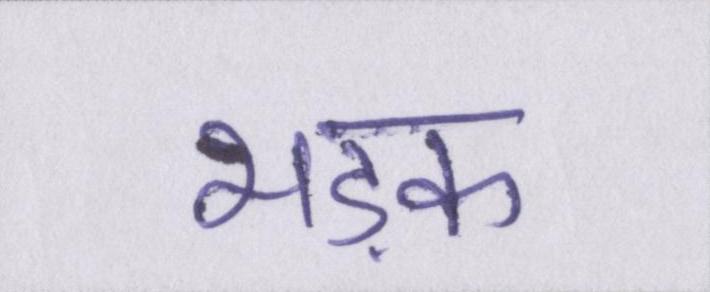
भड़क